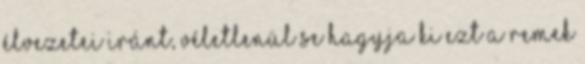
élvezetei iránt, véletlenül se hagyja ki ezt a remek